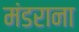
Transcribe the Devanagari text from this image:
मंडराना